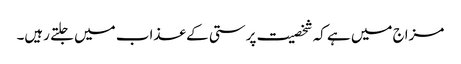
مزاج میں ہے کہ شخصیت پرستی کے عذاب میں جلتے رہیں۔